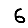
Digit: 6